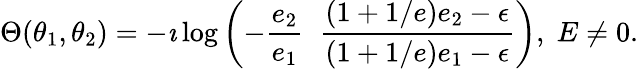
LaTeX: \Theta(\theta_{1},\theta_{2})=-\imath\log\left(-\frac{e_{2}}{e_{1}}\; \; \frac{(1+1/e)e_{2}-\epsilon}{(1+1/e)e_{1}-\epsilon}\right),\; E\neq 0.